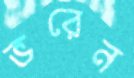
ভরেন